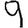
Digit: 9